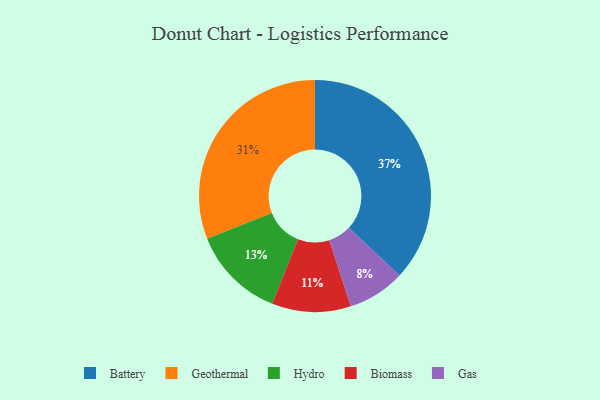
{"axis": {"x": "Category", "y": "Percentage"}, "legend": ["Battery", "Biomass", "Gas", "Geothermal", "Hydro"], "data": [{"x": "Geothermal", "y": 31, "type": "Geothermal"}, {"x": "Gas", "y": 8, "type": "Gas"}, {"x": "Hydro", "y": 13, "type": "Hydro"}, {"x": "Battery", "y": 37, "type": "Battery"}, {"x": "Biomass", "y": 11, "type": "Biomass"}]}